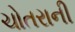
ચોતરાની